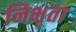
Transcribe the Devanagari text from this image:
निभृता